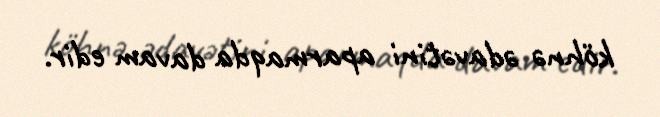
köhnə ədavətini aparmaqda davam edir.